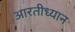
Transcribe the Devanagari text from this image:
आरतीध्यान